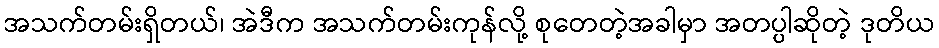
အသက်တမ်းရှိတယ်၊ အဲဒီက အသက်တမ်းကုန်လို့ စုတေတဲ့အခါမှာ အတပ္ပါဆိုတဲ့ ဒုတိယ